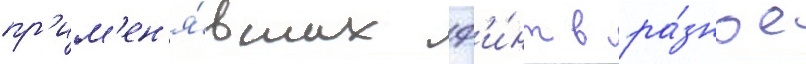
пр'им'ен'я́вших ф'и́нт в ра́зное